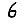
Digit: 6